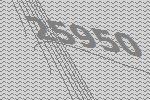
25950